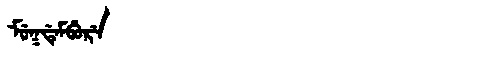
Manchu: ᠮᡠᡴᡩᡝᠮᠪᡠᡵᡝ
Romanization: MUKDEMBURE